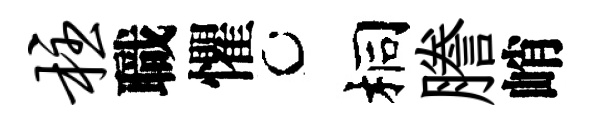
柱職懼桐謄峭